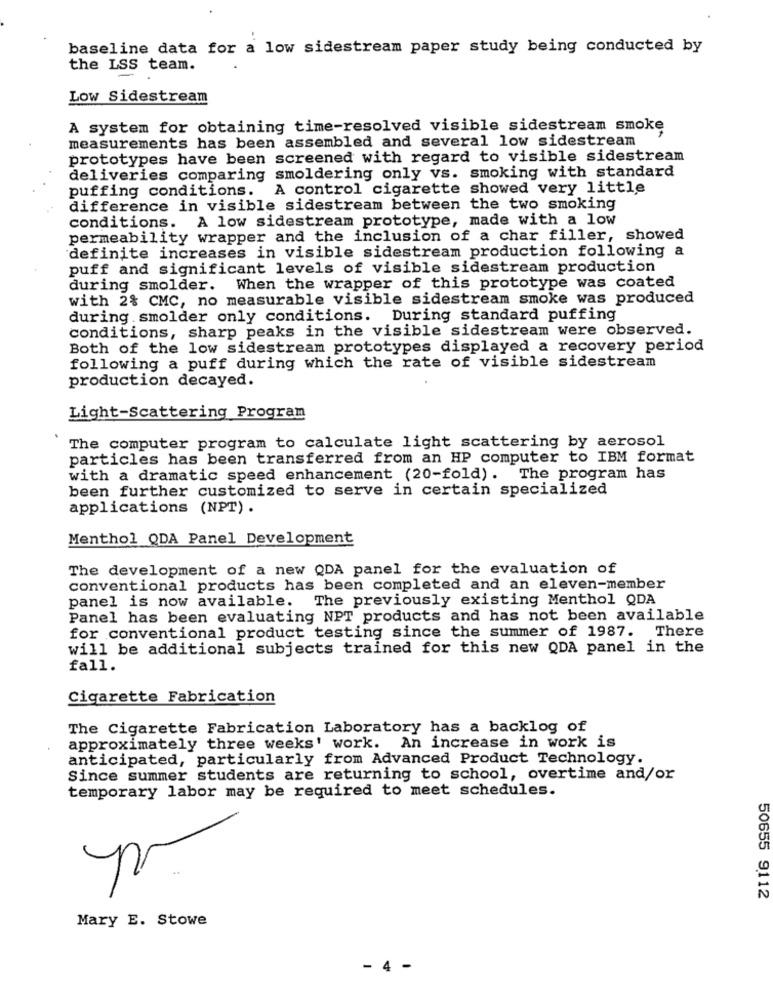
baseline data for a low sidestream paper study being conducted by
the ISS team.
Low Sidestream
A system for obtaining time-resolved visible sidestream smoke
measurements has been assembled and several low sidestream
prototypes have been screened with regard to visible sidestream
deliveries comparing smoldering only vs. smoking with standard
puffing conditions. A control cigarette showed very little
difference in visible sidestream between the two smoking
conditions. A low sidestream prototype, made with a low
permeability wrapper and the inclusion of a char filler, showed
definite increases in visible sidestream production following a
puff and significant levels of visible sidestream production
during smolder. When the wrapper of this prototype was coated
with 2% CMC, no measurable visible sidestream smoke was produced
during smolder only conditions. During standard puffing
conditions, sharp peaks in the visible sidestream were observed.
Both of the low sidestream prototypes displayed a recovery period
following a puff during which the rate of visible sidestream
production decayed.
Light-Scattering Program
The computer program to calculate light scattering by aerosol
particles has been transferred from an HP computer to IBM format
with a dramatic speed enhancement (20-fold). The program has
been further customized to serve in certain specialized
applications (NPT).
Menthol QDA Panel Development
The development of a new QDA panel for the evaluation of
conventional products has been completed and an eleven-member
panel is now available. The previously existing Menthol QDA
Panel has been evaluating NPT products and has not been available
for conventional product testing since the summer of 1987. There
will be additional subjects trained for this new QDA panel in the
fall.
Cigarette Fabrication
The Cigarette Fabrication Laboratory has a backlog of
approximately three weeks' work. An increase in work is
anticipated, particularly from Advanced Product Technology.
Since summer students are returning to school, overtime and/or
temporary labor may be required to meet schedules.
50655 9112
Mary E. Stowe
- 4 -